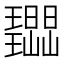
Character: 𭺔